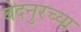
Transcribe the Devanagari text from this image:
बेदनुरच्या